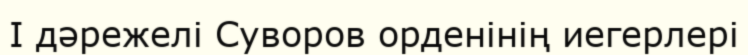
I дәрежелі Суворов орденінің иегерлері